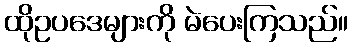
ထိုဥပဒေများကို မဲပေးကြသည်။